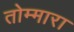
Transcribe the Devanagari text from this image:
तोम्मारा